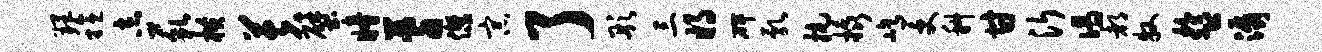
理稔志藐横芙壁瞳蓍杰宗了彤三将碑乳抗橇屹受科甘沂偈都牧盂潺